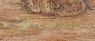
يسحق